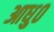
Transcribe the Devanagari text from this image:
आधु०